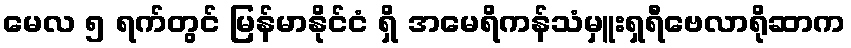
မေလ ၅ ရက်တွင် မြန်မာနိုင်ငံ ရှိ အမေရိကန်သံမှူးရှရီဗေလာရိုဆာက